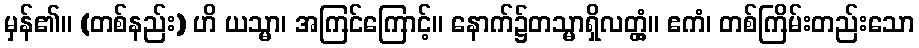
မှန်၏။ (တစ်နည်း) ဟိ ယသ္မာ၊ အကြင်ကြောင့်။ နောက်၌တသ္မာရှိလတ္တံ့။ ဧကံ၊ တစ်ကြိမ်းတည်းသော